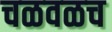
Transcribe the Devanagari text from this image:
चळवळच